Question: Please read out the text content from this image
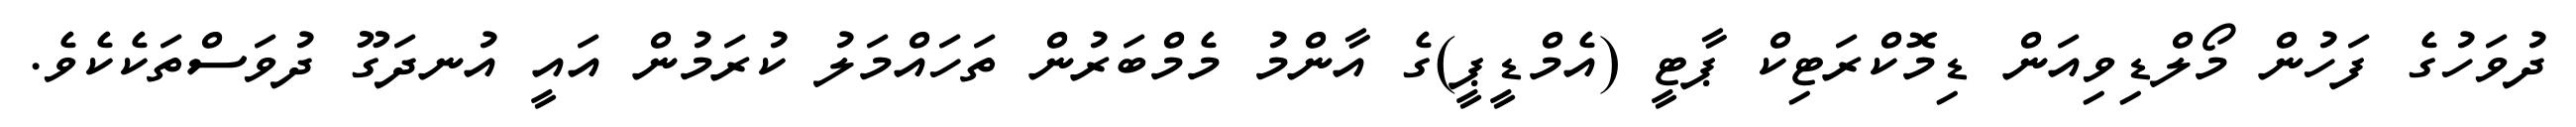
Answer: ދުވަހުގެ ފަހުން މޯލްޑިވިއަން ޑިމޮކްރަޓިކް ޕާޓީ (އެމްޑީޕީ)ގެ އާންމު މެމްބަރުން ތަހައްމަލު ކުރަމުން އައީ އުނދަގޫ ދުވަސްތަކެކެވެ.